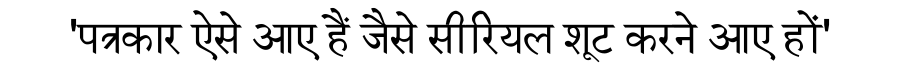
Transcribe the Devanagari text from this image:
'पत्रकार ऐसे आए हैं जैसे सीरियल शूट करने आए हों'